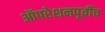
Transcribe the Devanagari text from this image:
ऑपरेशनपूर्वीच